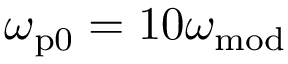
\omega _ { \mathrm { p 0 } } = 1 0 \omega _ { \mathrm { m o d } }